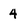
Character: 4